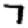
Digit: 7